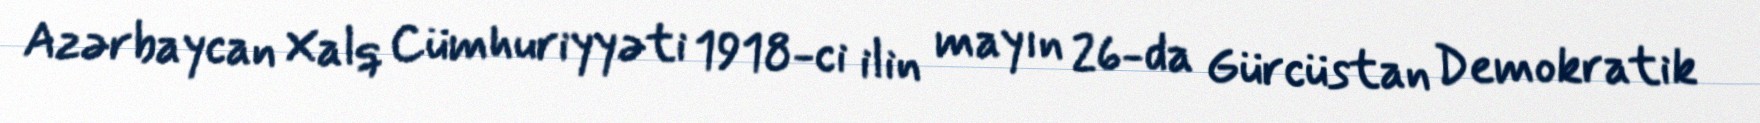
Azərbaycan Xalq Cümhuriyyəti 1918-ci ilin mayın 26-da Gürcüstan Demokratik